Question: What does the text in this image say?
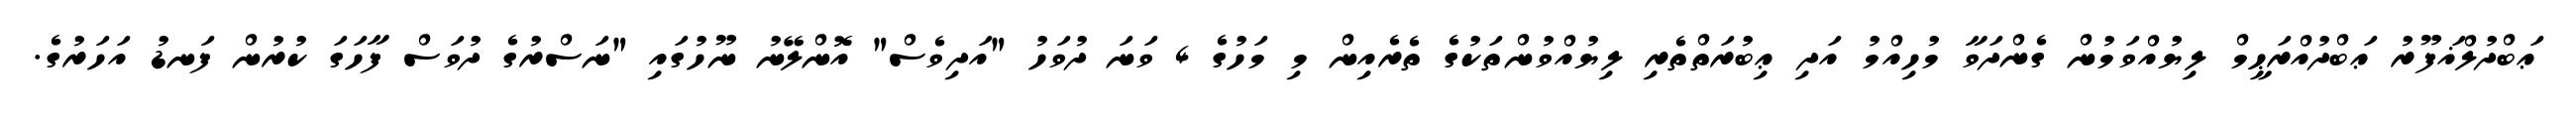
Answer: ޢަބްދުލްޣަފޫރު ޢަބްދުއްރަޙީމް ލިޔުއްވަމުން ގެންދަވާ މުހިއްމު އަދި ޢިބުރަތްތެރި ލިޔުއްވުންތަކުގެ ތެރެއިން މި މަހުގެ 4 ވަނަ ދުވަހު "އަދިވެސް" އޮންލޭނު ނޫހުގައި "ނަސްރުގެ ދުވަސް ފާހަގަ ކުރުން ފަނޑު އަހަރުގެ.